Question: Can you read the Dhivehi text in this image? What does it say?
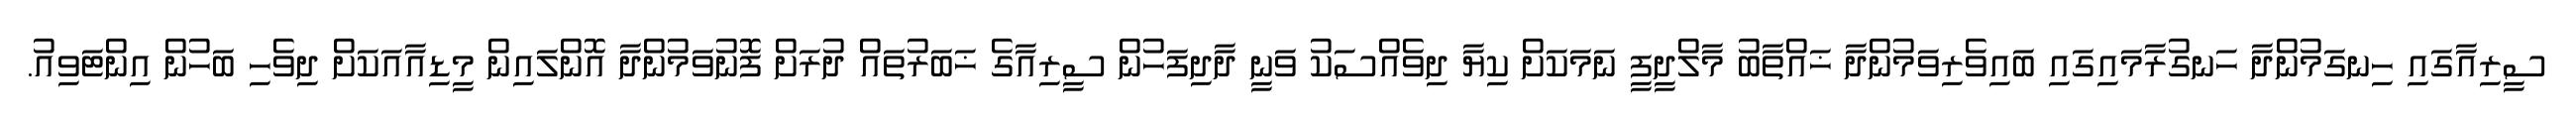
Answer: ސީރިއާގައި ހިނގަމުންދާ ހަނގުރާމައިގައި ބައިވެރިވަމުންދާ ޚައްތާބު މާލްދީފީ ނަމަކަށް ކިޔާ ދިވެއްސަކު ވަނީ ދާދިފަހުން ސީރިއާގެ ޚަބަރުތައް ދުރަށް ފޮނުވަމުންދާ އޮންލައިން މީޑިއާއަކަށް ދިވެހި ބަހުން އިންޓަވިއު.